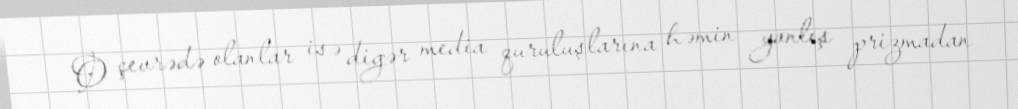
O çevrədə olanlar isə digər media quruluşlarına həmin yanlış prizmadan